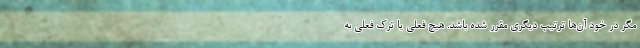
مگر در خود آن‌ها ترتیب دیگری مقرر شده باشد. هیچ فعلی یا ترک فعلی به